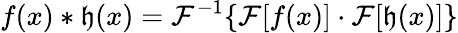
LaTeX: f(x)\ast\mathfrak{h}(x)=\mathcal{{F}}^{-1}\{ \mathcal{{F}}[f(x)]\cdot\mathcal{{F}}[\mathfrak{h}(x)]\}